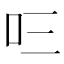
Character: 𭆻